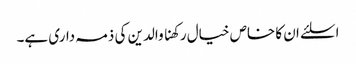
اسلئے ان کا خاص خیال رکھنا والدین کی ذمہ داری ہے۔